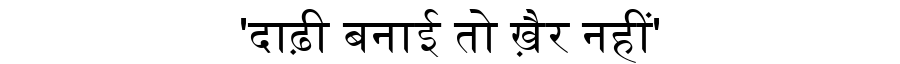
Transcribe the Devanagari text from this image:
'दाढ़ी बनाई तो ख़ैर नहीं'